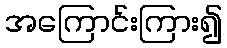
အကြောင်းကြား၍